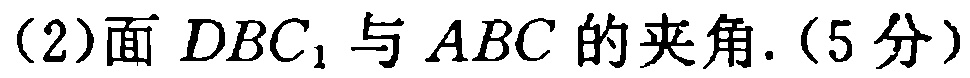
(2)面 \(DBC_{1}\) 与 \(ABC\) 的夹角.(5分)